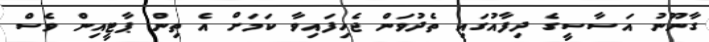
ގާނޫނު އަސާސީގެ ދިފާއުގައި ތެދުވަން ޖެހިފައިވާ ކަމަށް އެ ތިން ޕާޓީއިން ވެސް